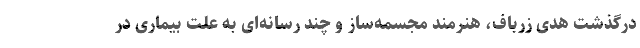
درگذشت هُدی زرباف، هنرمند مجسمه‌ساز و چند رسانه‌ای به علت بیماری در